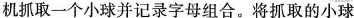
机抓取一个小球并记录字母组合。将抓取的小球